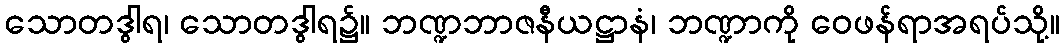
သောတဒွါရ၊ သောတဒွါရ၌။ ဘဏ္ဍဘာဇနီယဋ္ဌာနံ၊ ဘဏ္ဍာကို ဝေဖန်ရာအရပ်သို့။